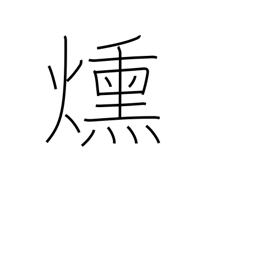
Meaning: smoulder